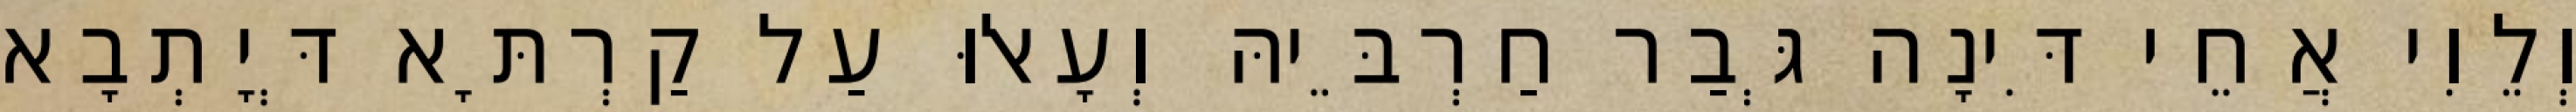
וְלֵוִי אֲחֵי דִּינָה גְּבַר חַרְבֵּיהּ וְעָאלוּ עַל קַרְתָּא דְּיָתְבָא